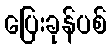
ပြေးခုန်ပစ်